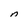
Character: n